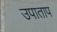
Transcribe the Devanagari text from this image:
उपाताप